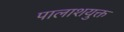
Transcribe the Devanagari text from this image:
पालाशयुक्त